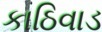
કાઠિવાડ